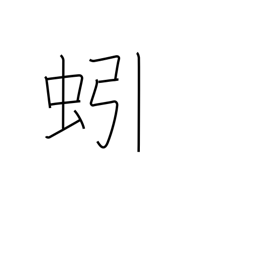
Meaning: earthworm